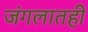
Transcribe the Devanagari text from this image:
जंगलातही